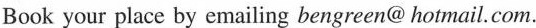
Book your place by emailing bengreen@ hotmail.Com.